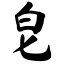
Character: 皂